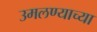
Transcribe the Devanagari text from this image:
उमलण्याच्या